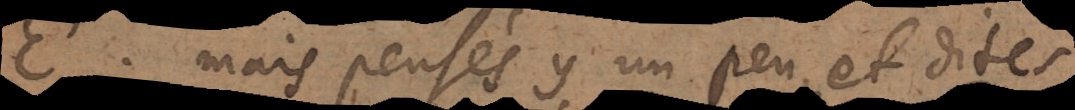
s. Mais pensés y un peu, et dites